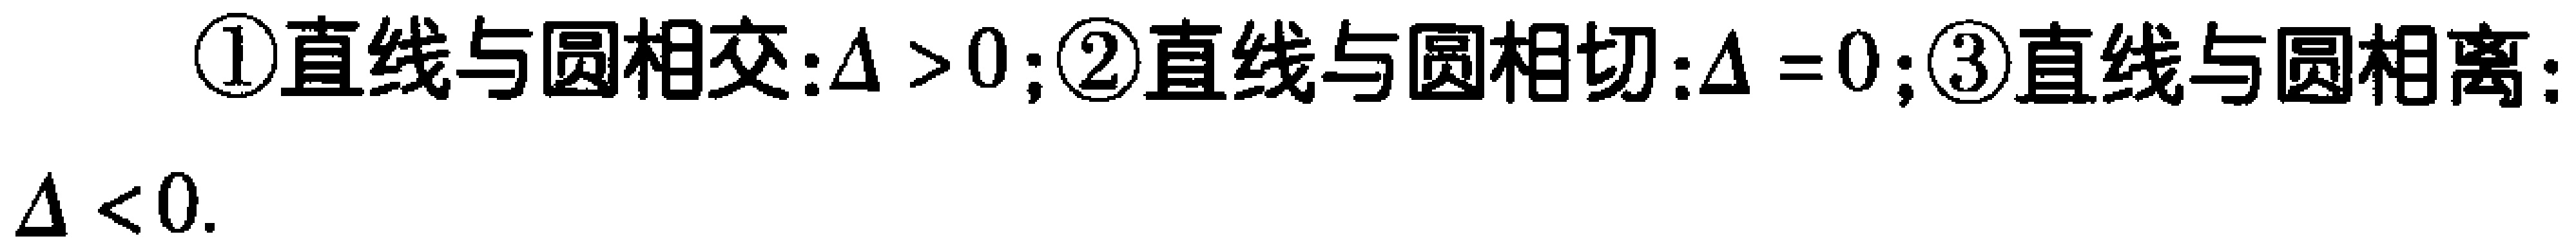
\textcircled{1}直线与圆相交:$\Delta > 0$;\textcircled{2}直线与圆相切:$\Delta = 0$;\textcircled{3}直线与圆相离:$\Delta < 0$.